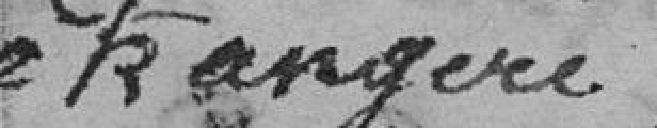
étrangère